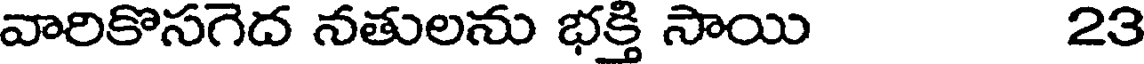
వారికొసగెద నతులను భక్తి సాయి 23